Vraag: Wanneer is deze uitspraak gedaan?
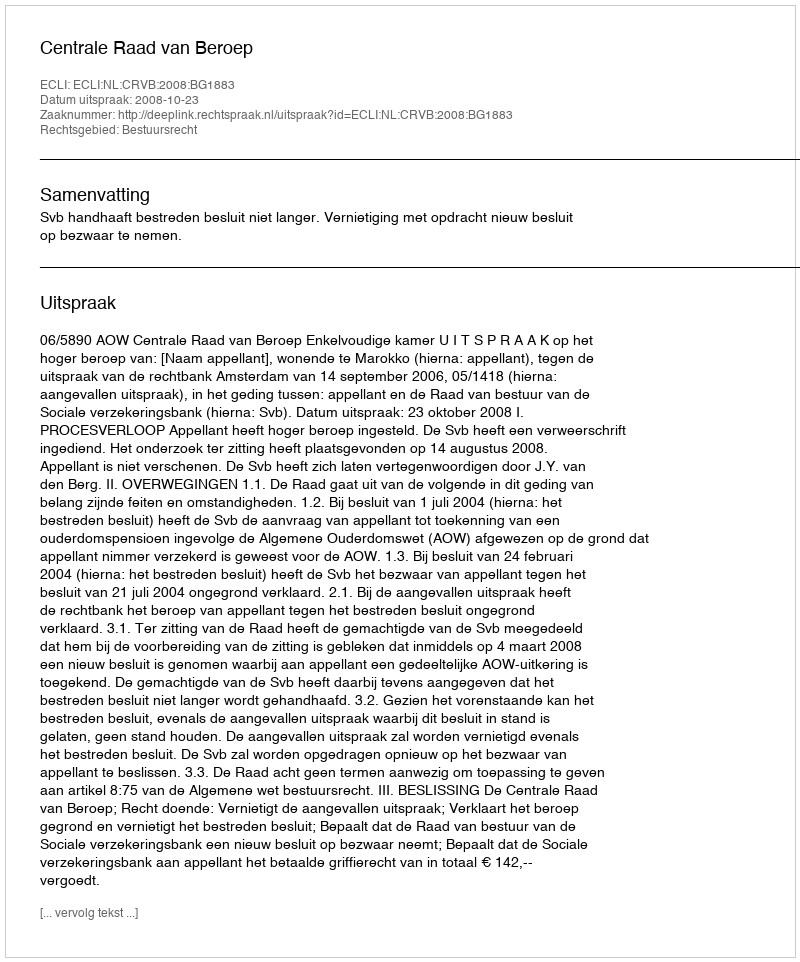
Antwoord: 2008-10-23